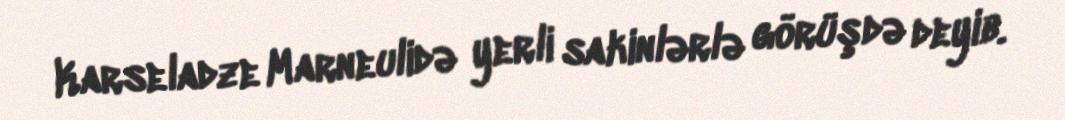
Karseladze Marneulidə yerli sakinlərlə görüşdə deyib.